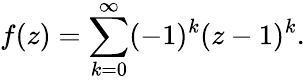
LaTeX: f(z)=\sum_{k=0}^{\infty}(-1)^{k}(z-1)^{k}.